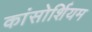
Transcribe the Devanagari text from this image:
कांसोर्शियम